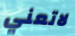
لاتعني